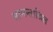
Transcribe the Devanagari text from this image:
सामन्ताश्रित